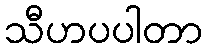
သီဟပပါတာ